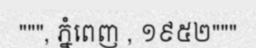
""", ភ្នំពេញ , ១៩៥២"""